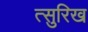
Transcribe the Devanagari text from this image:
त्सुरिख